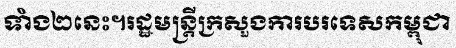
ទាំង២នេះ។រដ្ឋមន្ត្រីក្រសួងការបរទេសកម្ពុជា